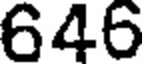
646